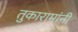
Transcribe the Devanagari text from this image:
तुकारामांनीं